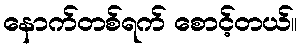
နောက်တစ်ရက် စောင့်တယ်။